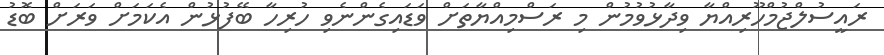
ރައީސުލްޖުމްހޫރިއްޔާ ވިދާޅުވުމުން މި ރަސްމިއްޔާތަށް ވަޑައިގެންނެވި ހުރިހާ ބޭފުޅުން އެކަމަށް ވަރަށް ބޮޑު